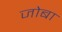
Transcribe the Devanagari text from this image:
जोबा